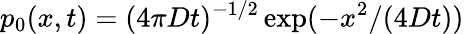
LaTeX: p_{0}(x,t)=(4\pi Dt)^{-1/2}\exp(-x^{2}/(4Dt))